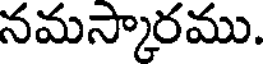
నమస్కారము.